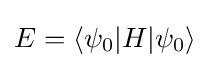
E=\langle \psi _{0}|H|\psi _{0}\rangle